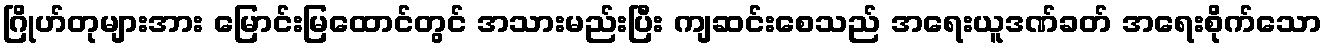
ဂြိုဟ်တုများအား မြောင်းမြထောင်တွင် အသားမည်းပြီး ကျဆင်းစေသည် အရေးယူဒဏ်ခတ် အရေးစိုက်သော